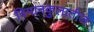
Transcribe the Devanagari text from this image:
विमानकुलातील